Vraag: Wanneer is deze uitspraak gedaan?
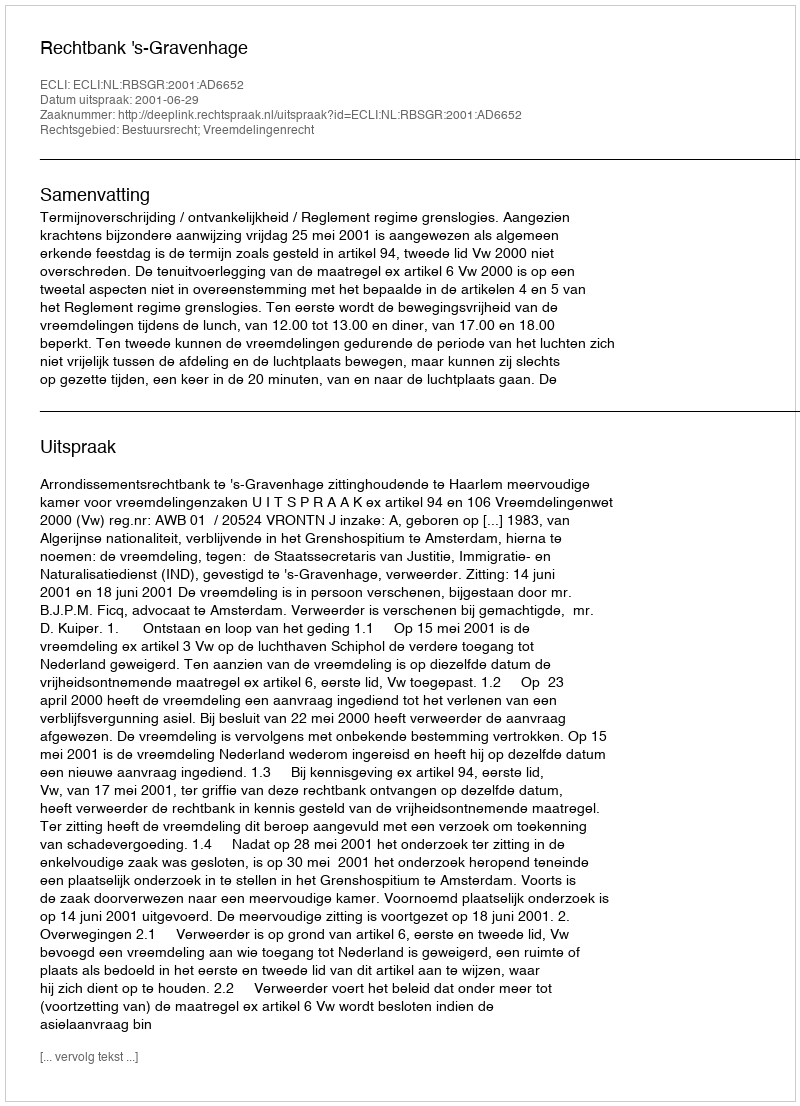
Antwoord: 2001-06-29